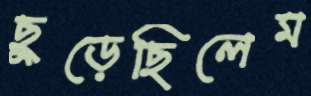
ছুড়েছিলেম